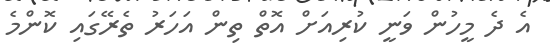
އެ ދެ މީހުން ވަނީ ކުރިއަށް އޮތް ތިން އަހަރު ތެރޭގައި ކޮންމެ